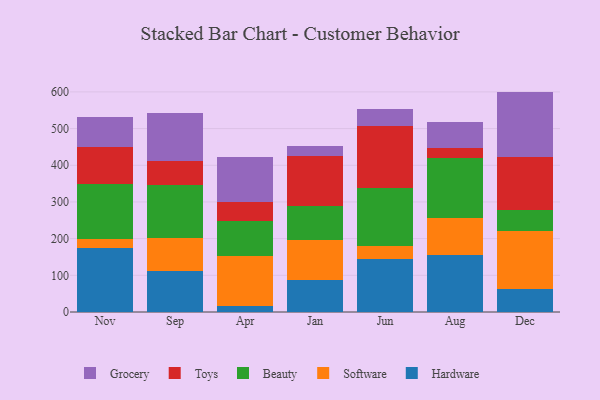
{"axis": {"x": "Month", "y": "Waste Production (Tons)"}, "legend": ["Beauty", "Grocery", "Hardware", "Software", "Toys"], "data": [{"x": "Nov", "y": 175.6, "type": "Hardware"}, {"x": "Nov", "y": 22.9, "type": "Software"}, {"x": "Nov", "y": 149.9, "type": "Beauty"}, {"x": "Nov", "y": 100.9, "type": "Toys"}, {"x": "Nov", "y": 82.9, "type": "Grocery"}, {"x": "Sep", "y": 111.4, "type": "Hardware"}, {"x": "Sep", "y": 91.6, "type": "Software"}, {"x": "Sep", "y": 143.6, "type": "Beauty"}, {"x": "Sep", "y": 64.3, "type": "Toys"}, {"x": "Sep", "y": 132.3, "type": "Grocery"}, {"x": "Apr", "y": 16.5, "type": "Hardware"}, {"x": "Apr", "y": 135.6, "type": "Software"}, {"x": "Apr", "y": 95.0, "type": "Beauty"}, {"x": "Apr", "y": 52.8, "type": "Toys"}, {"x": "Apr", "y": 123.7, "type": "Grocery"}, {"x": "Jan", "y": 87.1, "type": "Hardware"}, {"x": "Jan", "y": 108.2, "type": "Software"}, {"x": "Jan", "y": 93.6, "type": "Beauty"}, {"x": "Jan", "y": 135.0, "type": "Toys"}, {"x": "Jan", "y": 28.0, "type": "Grocery"}, {"x": "Jun", "y": 144.9, "type": "Hardware"}, {"x": "Jun", "y": 33.9, "type": "Software"}, {"x": "Jun", "y": 158.8, "type": "Beauty"}, {"x": "Jun", "y": 168.3, "type": "Toys"}, {"x": "Jun", "y": 46.3, "type": "Grocery"}, {"x": "Aug", "y": 154.4, "type": "Hardware"}, {"x": "Aug", "y": 101.3, "type": "Software"}, {"x": "Aug", "y": 162.8, "type": "Beauty"}, {"x": "Aug", "y": 27.8, "type": "Toys"}, {"x": "Aug", "y": 72.2, "type": "Grocery"}, {"x": "Dec", "y": 62.1, "type": "Hardware"}, {"x": "Dec", "y": 159.8, "type": "Software"}, {"x": "Dec", "y": 56.8, "type": "Beauty"}, {"x": "Dec", "y": 144.5, "type": "Toys"}, {"x": "Dec", "y": 177.6, "type": "Grocery"}]}